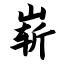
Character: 崭